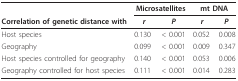
|  | <COLSPAN=2> Microsatellites | <COLSPAN=2> mt DNA |
 | Correlation of genetic distance with | r | P | r | P |
 | --- | --- | --- | --- | --- |
 | Host species | 0.130 | < 0.001 | 0.052 | 0.008 |
 | Geography | 0.099 | < 0.001 | 0.009 | 0.347 |
 | Host species controlled for geography | 0.140 | < 0.001 | 0.053 | 0.006 |
 | Geography controlled for host species | 0.111 | < 0.001 | 0.014 | 0.283 |